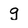
Character: g